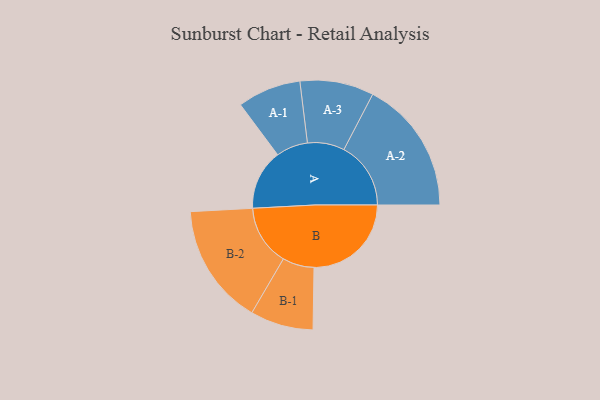
{"axis": {"x": "Segment", "y": "Value"}, "legend": ["", "A", "B"], "data": [{"x": "A", "y": 268, "type": ""}, {"x": "B", "y": 432, "type": ""}, {"x": "A-1", "y": 141, "type": "A"}, {"x": "A-2", "y": 297, "type": "A"}, {"x": "A-3", "y": 164, "type": "A"}, {"x": "B-1", "y": 140, "type": "B"}, {"x": "B-2", "y": 269, "type": "B"}]}